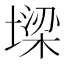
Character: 墚